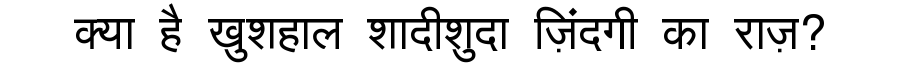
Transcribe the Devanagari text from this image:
क्या है खुशहाल शादीशुदा ज़िंदगी का राज़?